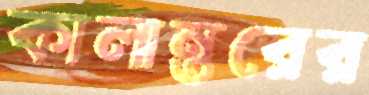
কালান্তরের